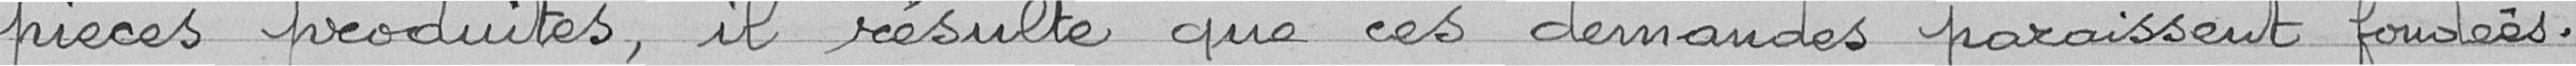
pièces produites ; il résulte que ces demandes paraissent fondée .